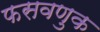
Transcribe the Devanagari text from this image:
फसवणुक